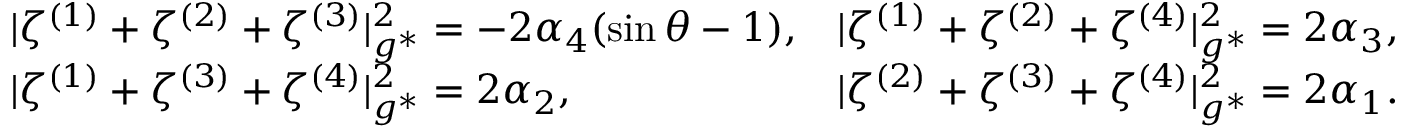
\begin{array} { r l r } & { | \zeta ^ { ( 1 ) } + \zeta ^ { ( 2 ) } + \zeta ^ { ( 3 ) } | _ { g ^ { * } } ^ { 2 } = - 2 \alpha _ { 4 } ( \sin \theta - 1 ) , } & { | \zeta ^ { ( 1 ) } + \zeta ^ { ( 2 ) } + \zeta ^ { ( 4 ) } | _ { g ^ { * } } ^ { 2 } = 2 \alpha _ { 3 } , } \\ & { | \zeta ^ { ( 1 ) } + \zeta ^ { ( 3 ) } + \zeta ^ { ( 4 ) } | _ { g ^ { * } } ^ { 2 } = 2 \alpha _ { 2 } , } & { | \zeta ^ { ( 2 ) } + \zeta ^ { ( 3 ) } + \zeta ^ { ( 4 ) } | _ { g ^ { * } } ^ { 2 } = 2 \alpha _ { 1 } . } \end{array}